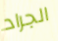
الجراد